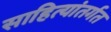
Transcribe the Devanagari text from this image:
साहित्यांतर्गत